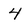
Character: 4